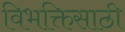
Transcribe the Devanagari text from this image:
विभक्तिसाठी